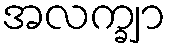
အလက္ချာ